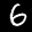
Label: 6